Veterinary [1916] -
Year: 1916
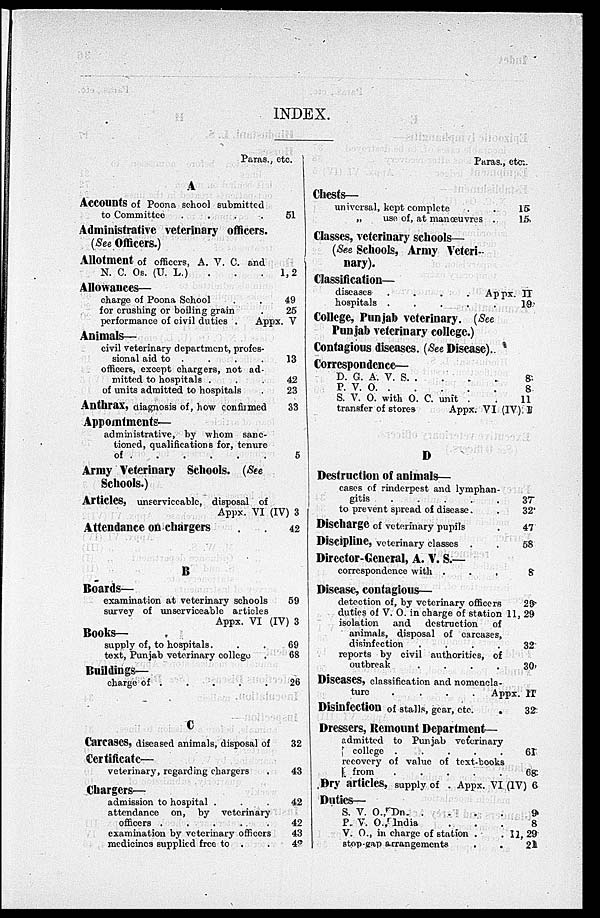
INDEX.
Paras., etc.
A
Accounts of Poona school submitted
to Committee
.
.
.
.
Administrative veterinary officers.
(See Officers.)
Allotment of officers, A. V. C. and
N. C. Os. (U. L.) . . .
Allowances—
charge of Poona School . .
for crushing or boiling grain .
performance of civil duties . Appx. V
Animals—
civil veterinary department, profes-
sional aid to . . . .
officers, except chargers, not ad-
mitted to hospitals . . .
of units admitted to hospitals .
Anthrax, diagnosis of, how confirmed
Appointments—
administrative, by whom sanc-
tioned, qualifications for, tenure
of
.
.
.
.
.
.
Army Veterinary Schools. (See
Schools.)
Articles, unserviceable, disposal of
Appx. VI (IV) 3
Attendanee on chargers . .
51
1, 2
49
25
13
42
23
33
5
42
B
Boards—
examination at veterinary schools
survey of unserviceable articles
Appx. VI (IV) 3
Books—
supply of, to hospitals . . .
text, Punjab veterinary college .
Buildings—
charge of . . . . .
C
Carcases, diseased animals, disposal of
Certificate—
veterinary, regarding chargers .
Chargers—
admission to hospital . . .
attendance on, by veterinary
officers .
.
.
.
.
examination by veterinary officers
medicines supplied free to . .
59
69
68
26
32
43
42
42
43
42
Paras., etc.
Chests—
universal, kept complete
„
use of, at manœuvres .
Classes, veterinary schools—
(See Schools, Army Veteri-
nary).
Classification—
diseases
.
.
.
.
Appx. II
hospitals .
.
.
.
.
College, Punjab veterinary. (See
Punjab veterinary college.)
Contagious diseases. (See Disease).
Correspondence—
D. G. A. V.
S. . . . . .
P. V.
O.
.
.
.
.
.
S. V. O. with O. C. unit . .
transfer of stores
Appx. VI (IV)
D
Destruction of animals—
cases of rinderpest and lymphan-
gitis
.
.
.
.
.
to prevent spread of disease. .
Discharge of veterinary pupils .
Discipline, veterinary classes . .
15
15
19
8
8
11
I
37
32
47
58
Director-General, A. V. S.—
correspondence with . . .
8
Disease, contagious—
detection of, by veterinary officers
duties of V. O. in charge of station
isolation and destruction of
animals, disposal of carcases,
disinfection
.
.
.
.
reports by civil authorities, of
outbreak
.
.
.
.
Diseases, classification and nomencla-
ture . . . . Appx. II
Disinfection of stalls, gear, etc.
.
Dressers, Remount Department—
admitted to Punjab veterinary
college .
.
.
.
.
recovery of value of text-books
from .
.
.
.
.
Dry articles, supply of . Appx. VI (IV)
29
11, 29
32
30
32
61
68
6
Duties—
S. V. O., Dn. . . . .
P. V. O., India . . .
V. O., in charge of station . .
stop-gap arrangements . .
9
8
11, 29
21